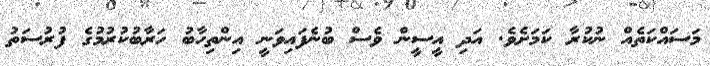
މަސައްކަތެއް ނުކުރާ ކަމަށެވެ. އަދި އީސީން ވެސް ބުނެފައިވަނީ އިންތިހާބު ހަރާބުކުރުމުގެ ފުރުސަތު